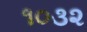
૧૦૩૨